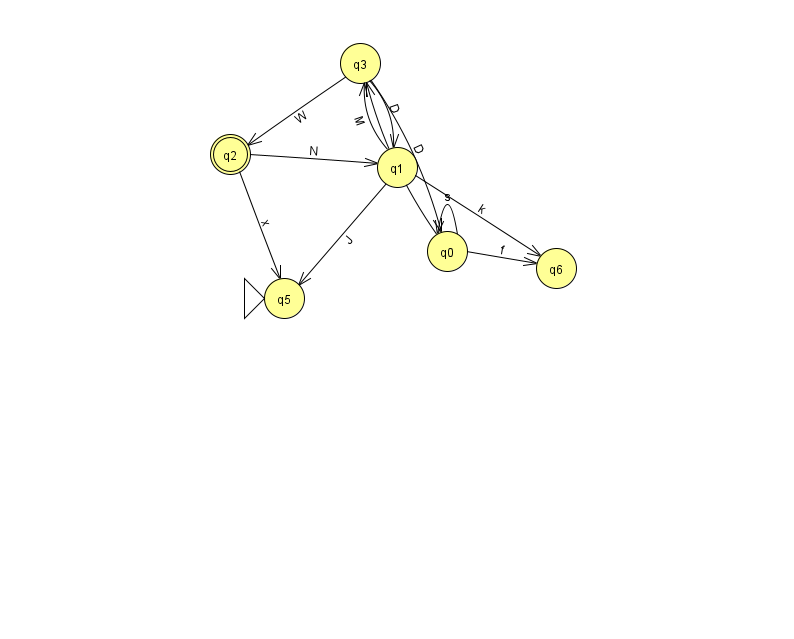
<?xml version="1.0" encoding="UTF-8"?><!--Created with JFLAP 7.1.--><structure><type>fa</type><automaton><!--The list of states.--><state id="0" name="q0"><x>447.0</x><y>238.0</y></state><state id="1" name="q1"><x>397.0</x><y>154.0</y></state><state id="2" name="q2"><x>230.0</x><y>141.0</y><final/></state><state id="3" name="q3"><x>360.0</x><y>50.0</y></state><state id="5" name="q5"><x>284.0</x><y>285.0</y><initial/></state><state id="6" name="q6"><x>556.0</x><y>255.0</y></state><!--The list of transitions.--><transition><from>0</from><to>0</to><read>s</read></transition><transition><from>2</from><to>5</to><read>x</read></transition><transition><from>3</from><to>2</to><read>W</read></transition><transition><from>0</from><to>6</to><read>f</read></transition><transition><from>1</from><to>5</to><read>J</read></transition><transition><from>1</from><to>6</to><read>k</read></transition><transition><from>3</from><to>1</to><read>D</read></transition><transition><from>3</from><to>0</to><read>D</read></transition><transition><from>0</from><to>3</to><read>A</read></transition><transition><from>2</from><to>1</to><read>N</read></transition><transition><from>1</from><to>3</to><read>M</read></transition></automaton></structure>